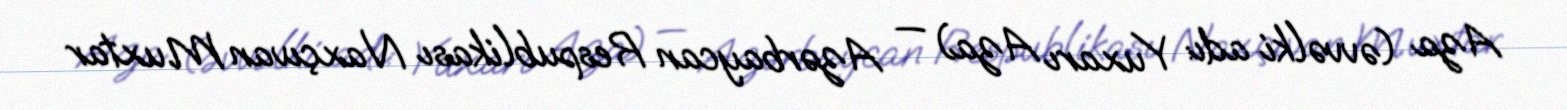
Aza (əvvəlki adı: Yuxarı Aza) — Azərbaycan Respublikası Naxçıvan Muxtar